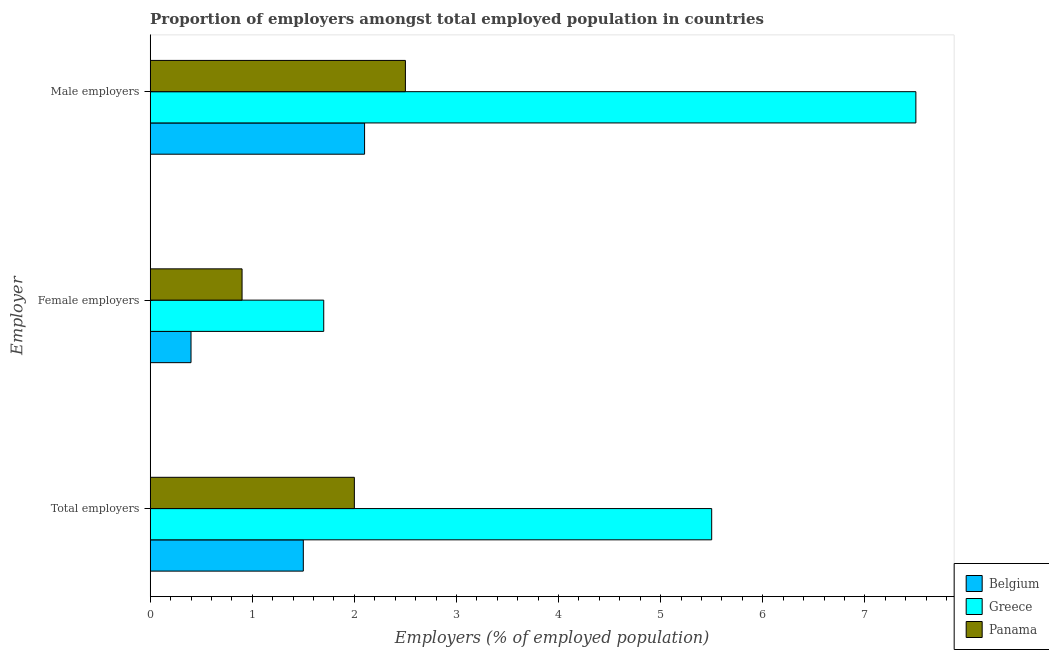
| Employer | Belgium | Greece | Panama |
 | --- | --- | --- | --- |
 | Total employers | 1.5 | 5.5 | 2 |
 | Female employers | 0.4 | 1.7 | 0.9 |
 | Male employers | 2.1 | 7.5 | 2.5 |